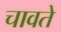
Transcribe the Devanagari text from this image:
चावते